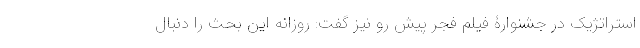
استراتژیک در جشنوارۀ فیلم فجر پیش رو نیز گفت: روزانه این بحث را دنبال